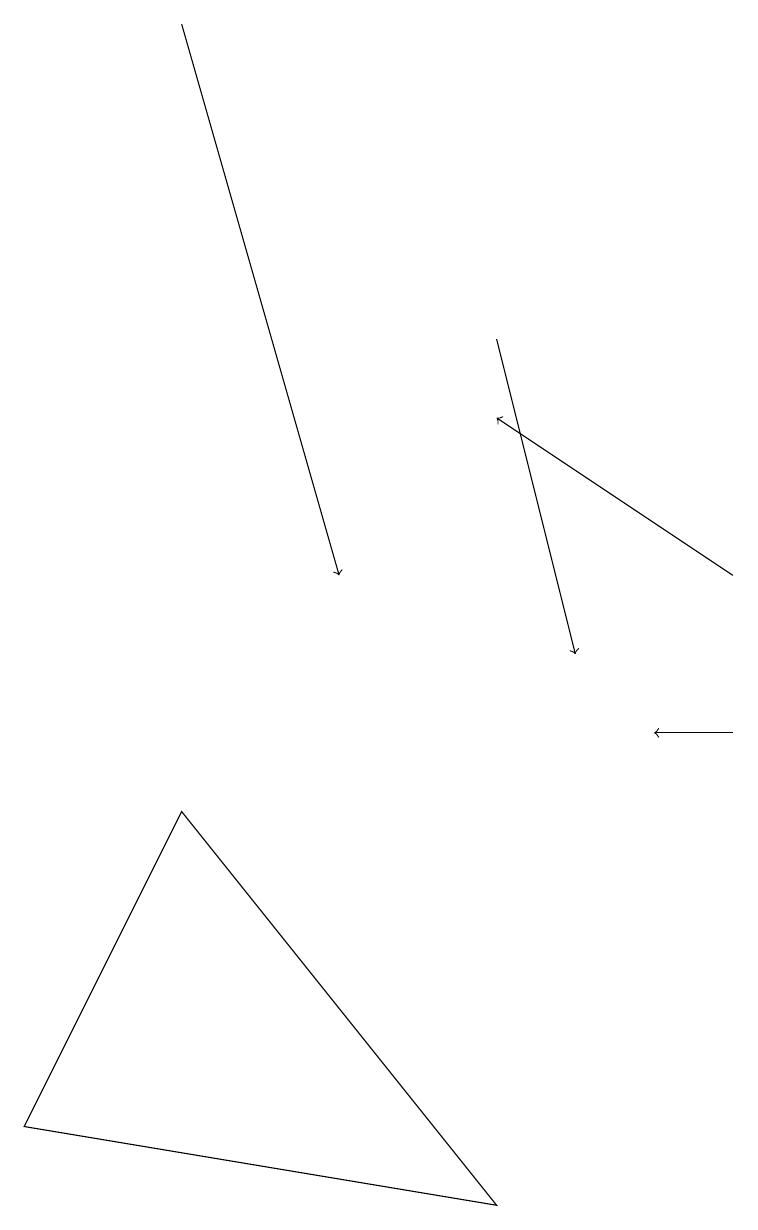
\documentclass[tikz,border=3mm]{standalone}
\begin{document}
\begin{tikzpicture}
\draw[->] (2,19) -- (4,12);
\draw[->] (9,10) -- (8,10);
\draw (6,4) -- (0,5) -- (2,9) -- cycle;
\draw[->] (9,12) -- (6,14);
\draw[->] (6,15) -- (7,11);
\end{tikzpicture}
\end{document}